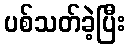
ပစ်သတ်ခဲ့ပြီး